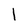
Character: l